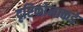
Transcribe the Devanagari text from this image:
दृष्टिकोनाकडे